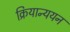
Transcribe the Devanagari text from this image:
क्रियान्ययन